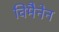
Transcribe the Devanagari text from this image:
विमैनेन